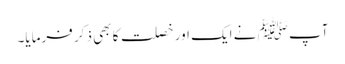
آپ ﷺ نے ایک اور خصلت کا بھی ذکر فرمایا۔